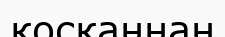
қосқаннан